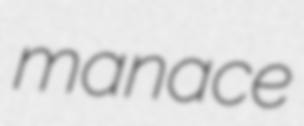
manace